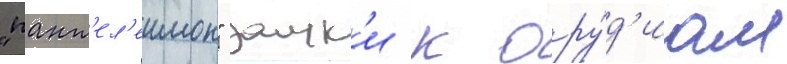
"пант'ел'еимон" замк'и к ору́д'иам